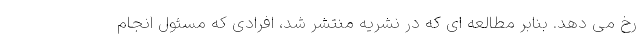
رخ می دهد. بنابر مطالعه ای که در نشریه منتشر شد، افرادی که مسئول انجام